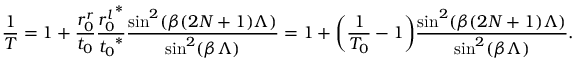
\frac { 1 } { T } = 1 + { \frac { r _ { 0 } ^ { r } } { t _ { 0 } } } { \frac { { r _ { 0 } ^ { l } } ^ { * } } { { t _ { 0 } } ^ { * } } \frac { \sin ^ { 2 } ( \beta ( 2 N + 1 ) \Lambda ) } { \sin ^ { 2 } ( \beta \Lambda ) } } = 1 + \bigg ( \frac { 1 } { T _ { 0 } } - 1 \bigg ) \frac { \sin ^ { 2 } ( \beta ( 2 N + 1 ) \Lambda ) } { { \sin ^ { 2 } ( \beta \Lambda ) } } .